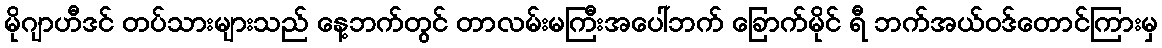
မိုဂျာဟီဒင် တပ်သားများသည် နေ့ဘက်တွင် တာလမ်းမကြီးအပေါ်ဘက် ခြောက်မိုင် ရီ ဘက်အယ်ဝဒ်တောင်ကြားမှ